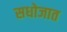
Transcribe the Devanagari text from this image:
सधोजात